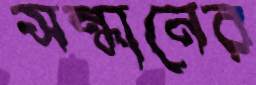
সন্ধানের